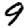
Digit: 9